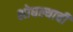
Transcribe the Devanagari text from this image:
शोधल्याची